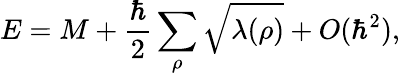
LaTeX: E=M+{\frac{\hbar}{2}}\sum_{\rho}\sqrt{\lambda(\rho)}+O(\hbar^{2}),